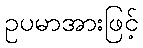
ဥပမာအားဖြင့်